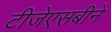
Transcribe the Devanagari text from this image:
टीजेएसबीने